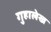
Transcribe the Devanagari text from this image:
गुहालेख